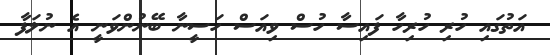
އަތުގައި ހުރި ހުރިހާ ފައިސާ ހުސް ވިއަސް ހަސީނާ ބޭނުންވަނީ އެ ނުލަފާ